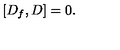
\left[ D _ { f } , D \right] = 0 .